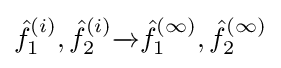
{\hat {f}}_{1}^{(i)},{\hat {f}}_{2}^{(i)}{\xrightarrow {}}{\hat {f}}_{1}^{(\infty )},{\hat {f}}_{2}^{(\infty )}